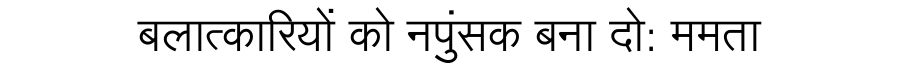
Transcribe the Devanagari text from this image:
बलात्कारियों को नपुंसक बना दो: ममता